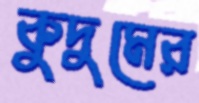
কুদুমের